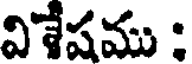
విశేషము :